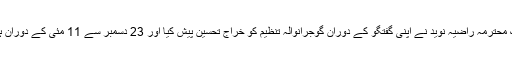
مرکزی ناظمہ منہاج القرآن ویمن لیگ محترمہ راضیہ نوید نے اپنی گفتگو کے دوران گوجرانوالہ تنظیم کو خراجِ تحسین پیش کیا اور 23 دسمبر سے 11 مئی کے دوران ہونے والی سرگرمیوں پر روشنی ڈالی۔